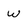
Character: w